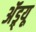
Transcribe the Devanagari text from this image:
ॲंड्र्यू